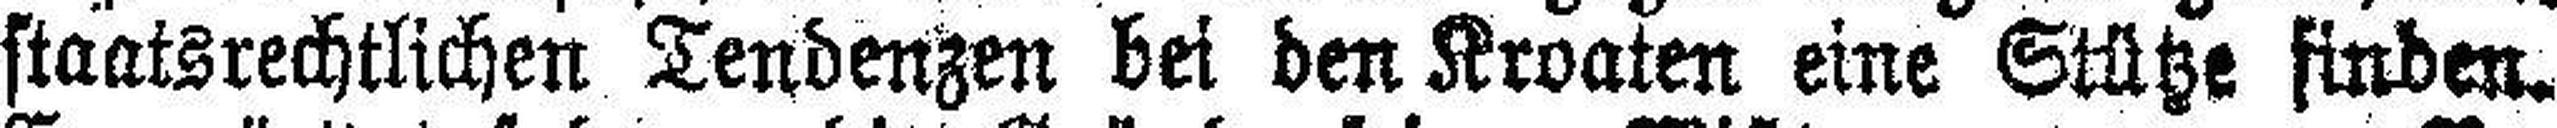
staatsrechtlichen Tendenzen bei den Kroaten eine Stütze finden.